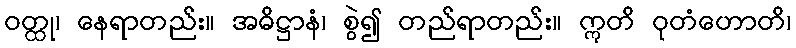
ဝတ္ထု၊ နေရာတည်း။ အဓိဋ္ဌာနံ၊ စွဲ၍ တည်ရာတည်း။ ဣတိ ဝုတံဟောတိ၊